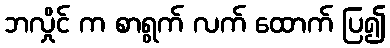
ဘလှိုင် က စာရွက် လက် ထောက် ပြ၍